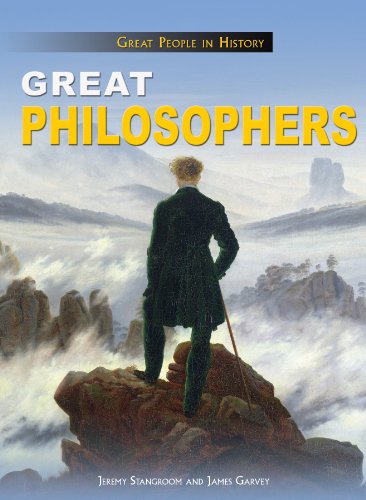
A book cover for Great Philosophers (Great People in History); Jeremy Stangroom; Teen & Young Adult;